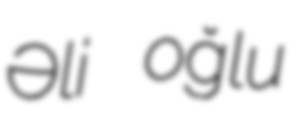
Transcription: Əli oğlu